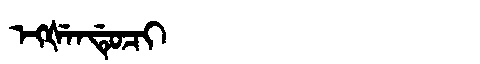
Manchu: ᡝᡴᡧᡝᠨᡩᡠᠴᡳ
Romanization: EKŠENDUCI